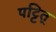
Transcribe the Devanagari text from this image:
पट्टित्